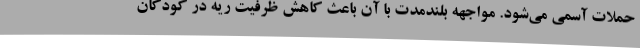
حملات آسمی می‌شود. مواجهه بلندمدت با آن باعث کاهش ظرفیت ریه در کودکان